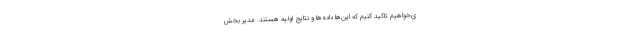
ی‌خواهیم تاکید کنیم که این‌ها داده‌ها و نتایج اولیه هستند. مدیر بخش